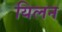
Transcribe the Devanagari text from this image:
यिलन